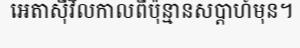
អេតាស៊ីវិលកាលពីប៉ុន្មានសប្តាហ៍មុន។